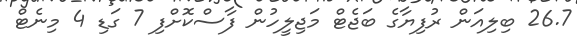
26.7 ބިލިއަން ރުފިޔާގެ ބަޖެޓް މަޖިލީހުން ފާސްކޮށްފި 7 ގަޑި 4 މިނެޓް